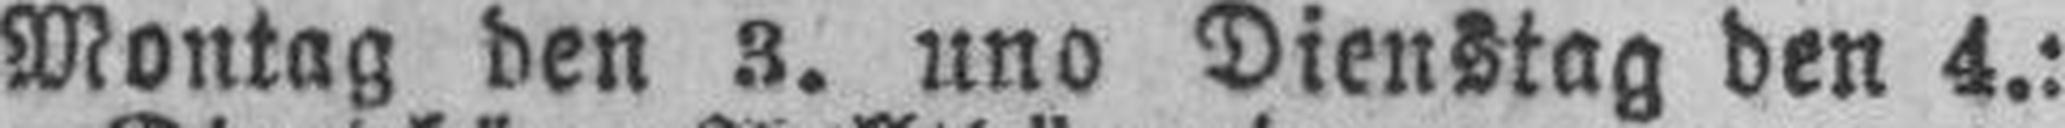
Montag den 3. und Dienstag den 4.: